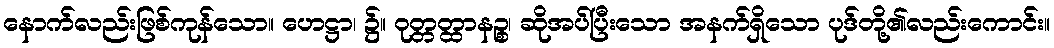
နောက်လည်းဖြစ်ကုန်သော။ ဟေဋ္ဌာ၊ ၌။ ဝုတ္တတ္ထာနဉ္စ၊ ဆိုအပ်ပြီးသော အနက်ရှိသော ပုဒ်တို့၏လည်းကောင်း။